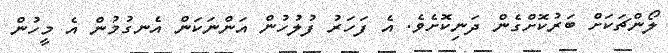
ލޯންޗަކަށް ބަރުކޮށްގެން ދަނިކޮށެވެ. އެ ފަހަރު ފުލުހުން އަންނަކަން އެނގުމުން އެ މީހުން